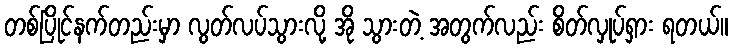
တစ်ပြိုင်နက်တည်းမှာ လွတ်လပ်သွားလို့ အို သွားတဲ့ အတွက်လည်း စိတ်လှုပ်ရှား ရတယ်။